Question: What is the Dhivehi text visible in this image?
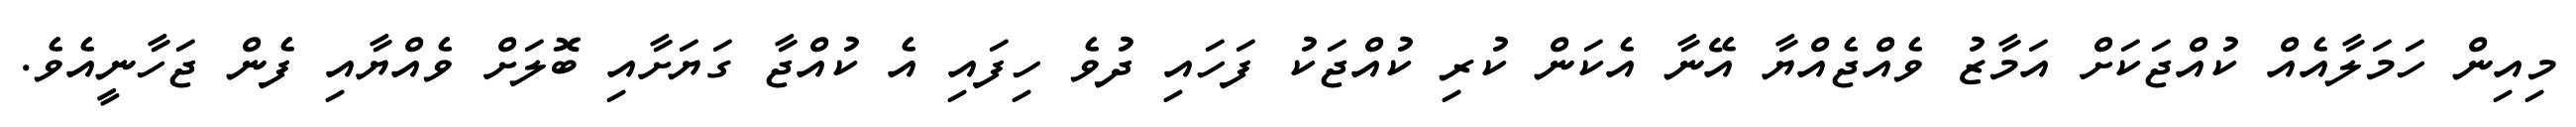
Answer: މިއިން ހަމަލާއެއް ކުއްޖަކަށް އަމާޒު ވެއްޖެއްޔާ އޭނާ އެކަން ކުރި ކުއްޖަކު ފަހައި ދުވެ ހިފައި އެ ކުއްޖާ ގަޔަށާއި ބޮލަށް ވެއްޔާއި ފެން ޖަހާނީއެވެ.